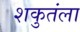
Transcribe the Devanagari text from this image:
शकुतंला